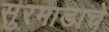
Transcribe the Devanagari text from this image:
सुरमाडाचे